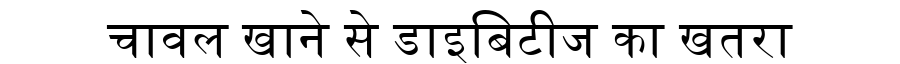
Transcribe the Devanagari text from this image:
चावल खाने से डाइबिटीज का खतरा